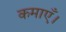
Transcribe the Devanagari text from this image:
कमाएँ।